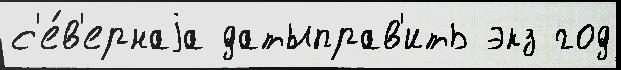
с'е́в'ернаjа датыправ'ить экз год